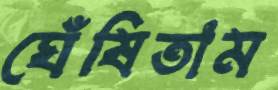
ঘেঁষিতাম